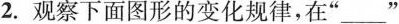
2.观察下面图形的变化规律，在”___”